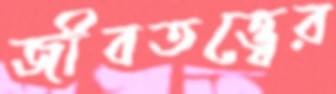
জীবতত্ত্বের